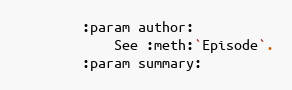
Language: Python
        :param author:
            See :meth:`Episode`.
        :param summary: